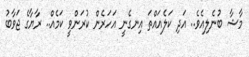
މާޝާ ބުނެލިއެވެ.. އަދި ކަލެއައްތަ އިނގެނީ އަހަރެން ކުރަންވީ ކަމެއް.. ރާޔާގެ ޖަވާބު